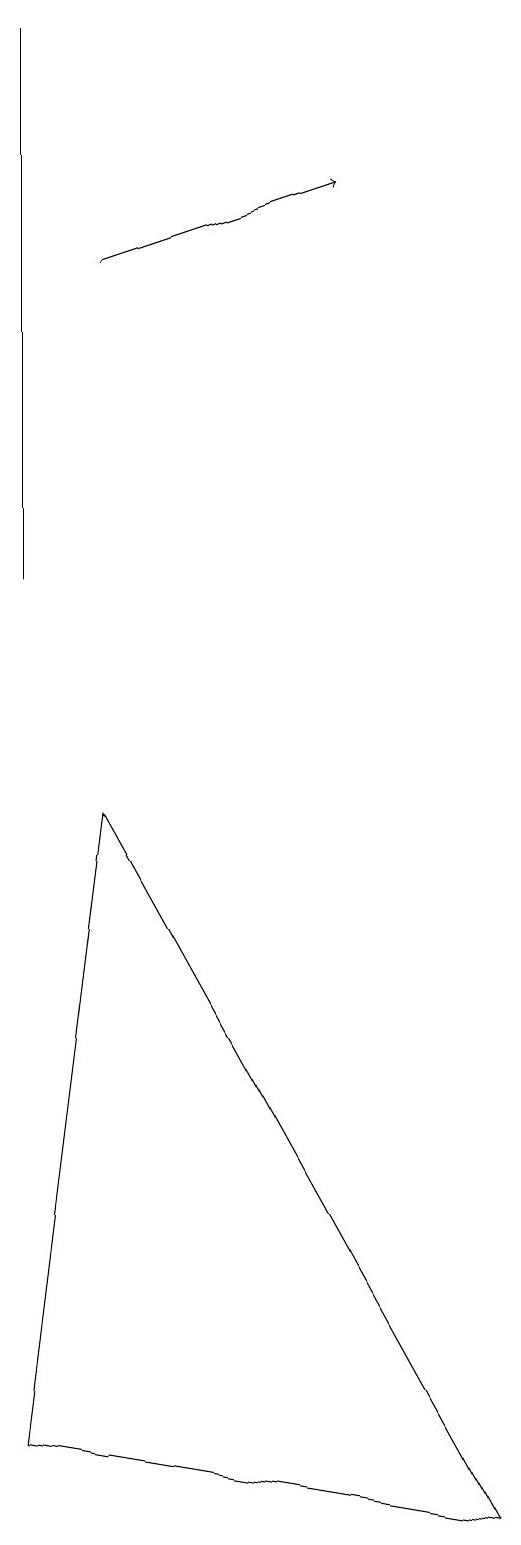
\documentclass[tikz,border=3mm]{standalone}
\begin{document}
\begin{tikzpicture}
\draw (0,12) rectangle (0,19);
\draw (0,1) -- (6,0) -- (1,9) -- cycle;
\draw[->] (1,16) -- (4,17);
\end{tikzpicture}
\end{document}